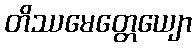
တိဿမေတ္တေယျော